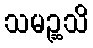
သမဉ္ဆသိ